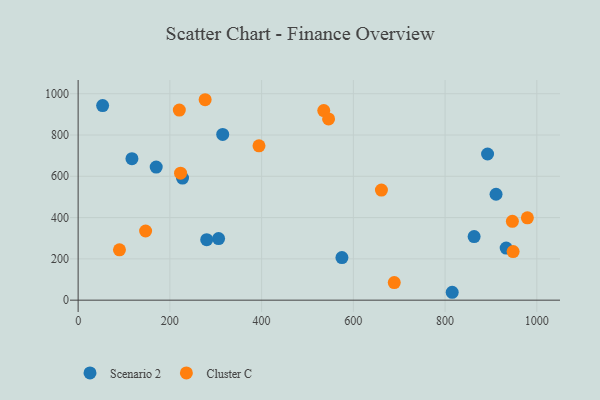
{"axis": {"x": "Distance", "y": "Fuel Efficiency"}, "legend": ["Cluster C", "Scenario 2"], "data": [{"x": "863.3", "y": 308.2, "type": "Scenario 2"}, {"x": "227.6", "y": 591.4, "type": "Scenario 2"}, {"x": "315.2", "y": 802.9, "type": "Scenario 2"}, {"x": "117.3", "y": 685.3, "type": "Scenario 2"}, {"x": "815.5", "y": 38.2, "type": "Scenario 2"}, {"x": "892.6", "y": 707.9, "type": "Scenario 2"}, {"x": "306.2", "y": 298.1, "type": "Scenario 2"}, {"x": "911.1", "y": 513.1, "type": "Scenario 2"}, {"x": "170.2", "y": 644.9, "type": "Scenario 2"}, {"x": "53.4", "y": 942.5, "type": "Scenario 2"}, {"x": "575.1", "y": 206.4, "type": "Scenario 2"}, {"x": "280.3", "y": 293.1, "type": "Scenario 2"}, {"x": "933.2", "y": 252.2, "type": "Scenario 2"}, {"x": "946.7", "y": 382.1, "type": "Cluster C"}, {"x": "535.5", "y": 918.4, "type": "Cluster C"}, {"x": "90.1", "y": 244.0, "type": "Cluster C"}, {"x": "979.4", "y": 398.9, "type": "Cluster C"}, {"x": "223.3", "y": 615.1, "type": "Cluster C"}, {"x": "661.2", "y": 533.4, "type": "Cluster C"}, {"x": "948.3", "y": 235.4, "type": "Cluster C"}, {"x": "276.9", "y": 970.9, "type": "Cluster C"}, {"x": "147.1", "y": 334.9, "type": "Cluster C"}, {"x": "220.6", "y": 921.0, "type": "Cluster C"}, {"x": "689.2", "y": 85.1, "type": "Cluster C"}, {"x": "394.3", "y": 747.4, "type": "Cluster C"}, {"x": "546.0", "y": 878.0, "type": "Cluster C"}]}